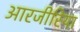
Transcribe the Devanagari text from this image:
आरजीरिया